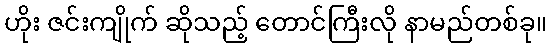
ဟိုး ဇင်းကျိုက် ဆိုသည့် တောင်ကြီးလို နာမည်တစ်ခု။